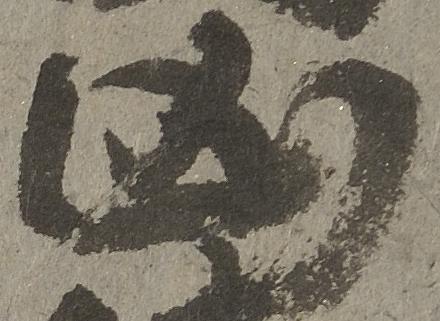
凶